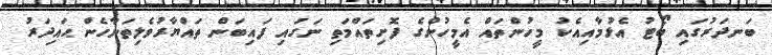
ބަނދަރުގައި ބޯޓު އެޅުމާއިއެކު މީހުންތައް އެމީހުންގެ ފޮށިތައްމަތި ނަގައި ފައިބަން ތައްޔާރުވެލިތަނާހެން ޙައިދަރު